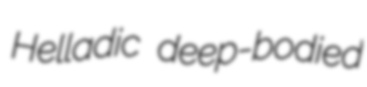
Helladic deep-bodied